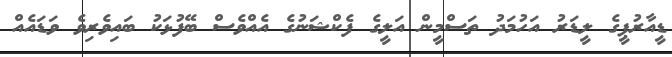
ޑީއާރުޕީގެ ލީޑަރު އަހުމަދު ތަސްމީން އަލީގެ ފެކްޝަނުގެ އެއްވެސް ބޭފުޅަކު ބައިވެރިވެ ވަޑައެއް